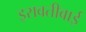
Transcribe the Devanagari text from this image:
इरावतीबाई